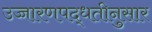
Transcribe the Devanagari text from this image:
उच्चारणपद्धतीनुसार